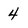
Character: 4